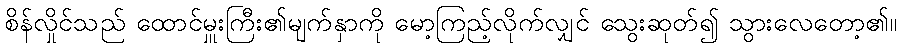
စိန်လှိုင်သည် ထောင်မှူးကြီး၏မျက်နှာကို မော့ကြည့်လိုက်လျှင် သွေးဆုတ်၍ သွားလေတော့၏။